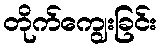
တိုက်ကျွေးခြင်း